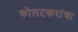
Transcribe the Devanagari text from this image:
कोलटकरांचा